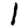
Digit: 1